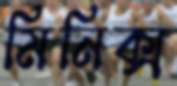
মিনিক্স